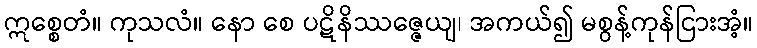
ဣစ္စေတံ။ ကုသလံ။ နော စေ ပဋိနိဿဇ္ဇေယျ၊ အကယ်၍ မစွန့်ကုန်ငြားအံ့။